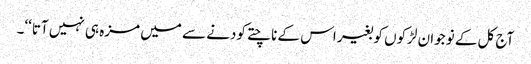
آج کل کے نوجوان لڑکوں کو بغیر اس کے ناچتے کودنے سے میں مزہ ہی نہیں آتا‘‘۔